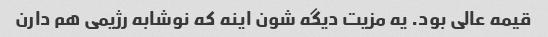
قیمه عالی بود. یه مزیت دیگه شون اینه که نوشابه رژیمی هم دارن